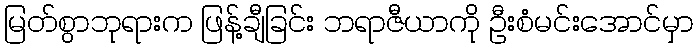
မြတ်စွာဘုရားက ဖြန့်ချီခြင်း ဘရာဇီယာကို ဦးစံမင်းအောင်မှာ